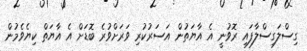
ގިސްލަގިސްލާފައި ރޮވުނީ އެ އާޔަތުން އަސަރުކުރި ވަރަށްވުރެ ބޮޑަށް އެ އާޔަތް ކިޔެވެމުން